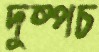
দুষ্পচ